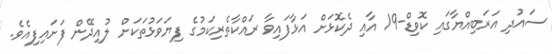
ސައުދި އަރަބިއްޔާގައި ކޮވިޑް-19 އާއި ދެކޮޅަށް އަޅާފައިވާ ރައްކާތެރިކަމުގެ ފިޔަވަޅުތަކަށް ލުއިދޭން ފަށައިފިއެވެ.